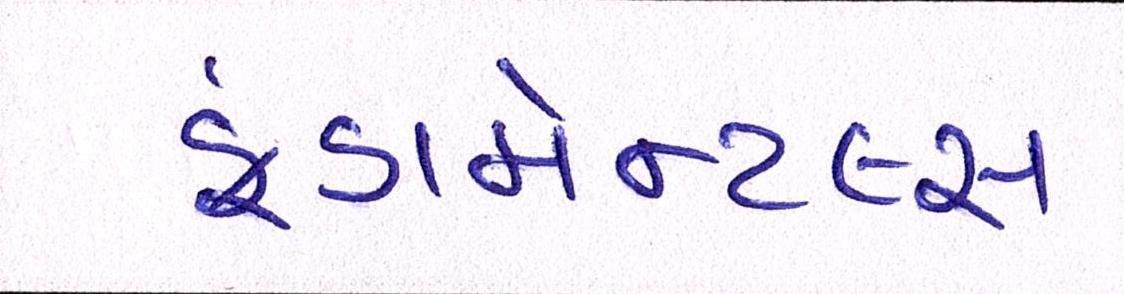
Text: ફંડામેન્ટલ્સ